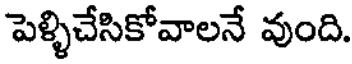
పెళ్ళిచేసికోవాలనే వుంది.